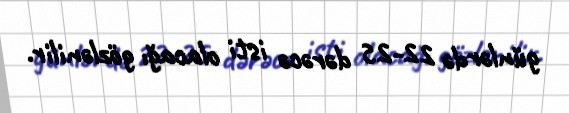
günlərdə 22-25 dərəcə isti olacağı gözlənilir.